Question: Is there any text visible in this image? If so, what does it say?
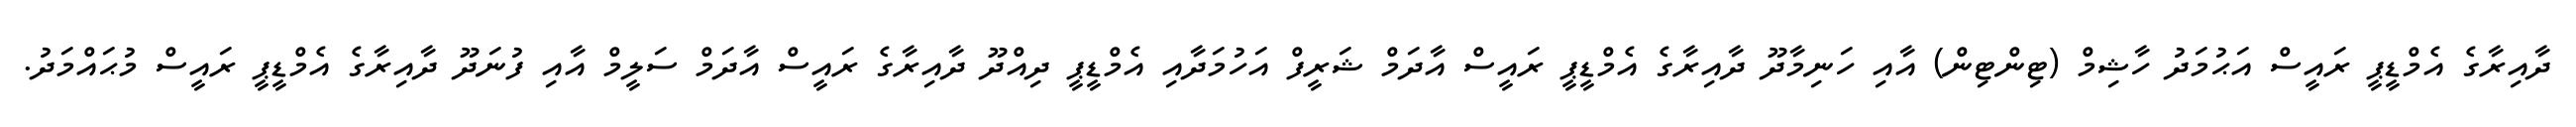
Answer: ދާއިރާގެ އެމްޑީޕީ ރައީސް އަޙުމަދު ހާޝިމް (ޓިންޓިން) އާއި ހަނިމާދޫ ދާއިރާގެ އެމްޑީޕީ ރައީސް އާދަމް ޝަރީފް އަހުމަދާއި އެމްޑީޕީ ދިއްދޫ ދާއިރާގެ ރައީސް އާދަމް ސަލީމް އާއި ފުނަދޫ ދާއިރާގެ އެމްޑީޕީ ރައީސް މުޙައްމަދު.